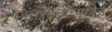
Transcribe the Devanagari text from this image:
जनसामान्यांवर